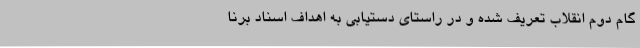
گام دوم انقلاب تعریف ‌شده و در راستای دستیابی به اهداف اسناد برنا